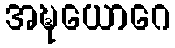
အဍ္ဎယောဂေ